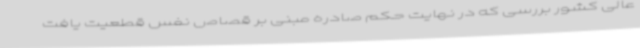
عالی کشور بررسی که در نهایت حکم صادره مبنی بر قصاص نفس قطعیت یافت